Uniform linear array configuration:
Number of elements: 8
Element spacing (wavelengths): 0.5
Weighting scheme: cosine
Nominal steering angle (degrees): -45
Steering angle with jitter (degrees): -45.954
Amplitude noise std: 0.05
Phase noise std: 0.05

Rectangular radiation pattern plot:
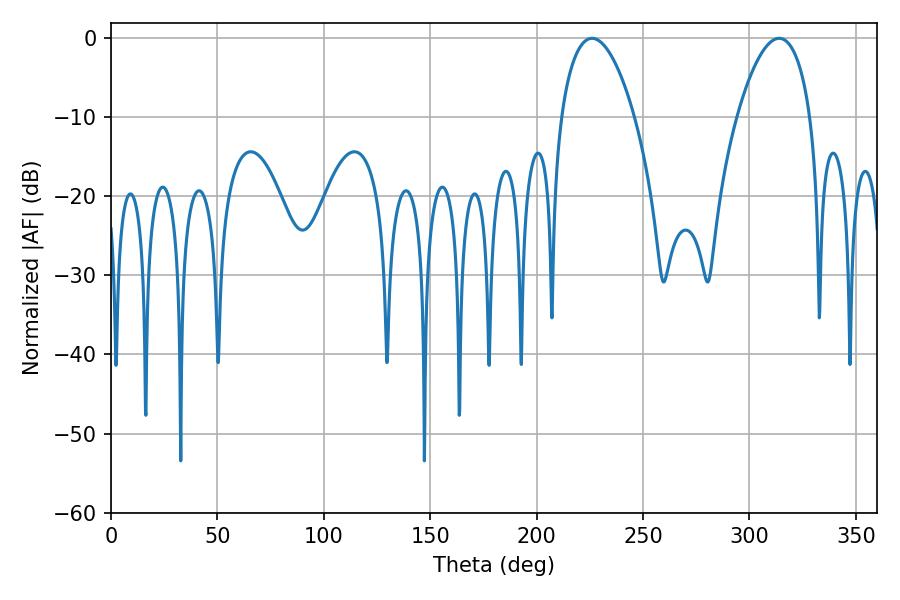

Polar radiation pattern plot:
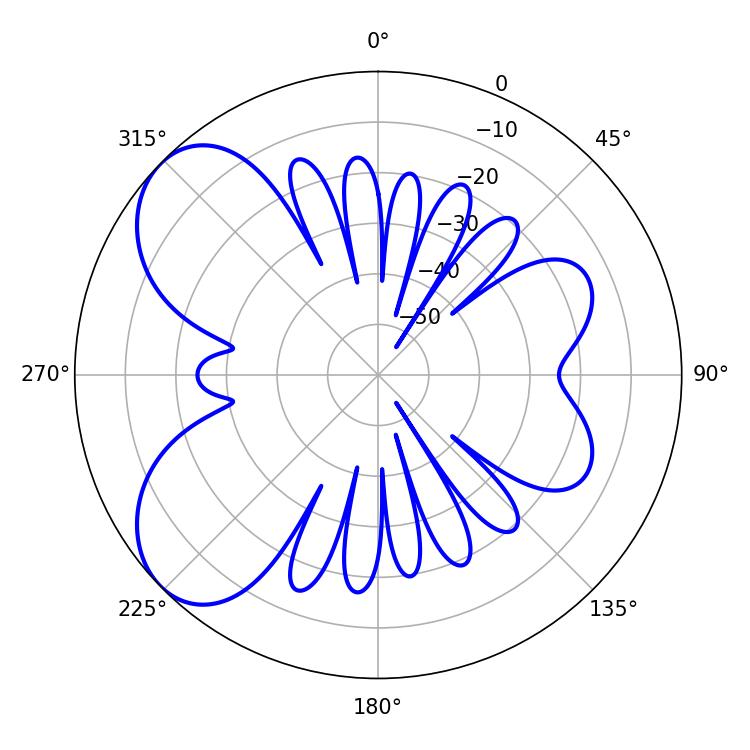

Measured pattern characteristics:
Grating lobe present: FALSE
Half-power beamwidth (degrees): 19.26
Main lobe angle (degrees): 226.08